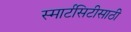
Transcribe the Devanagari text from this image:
स्मार्टसिटीसाठी